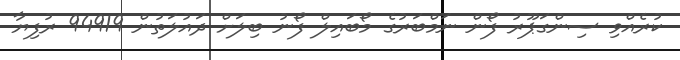
ކުރެއްވި ސިންގަޕޫރު ފޯން ނަމްބަރުގެ މޯބައިލް ފޯނު ބިލަށް ދައުލަތުން 94919 ރުފިޔާ